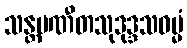
သန္တပဏီတသုဒုဒ္ဒသဓမ္မံ